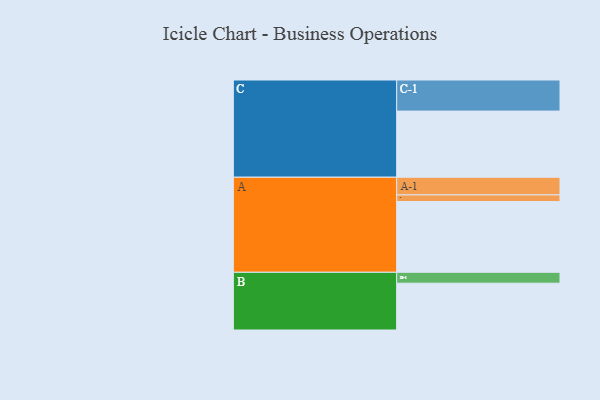
{"axis": {"x": "Segment", "y": "Value"}, "legend": ["", "A", "B", "C"], "data": [{"x": "A", "y": 585, "type": ""}, {"x": "B", "y": 387, "type": ""}, {"x": "C", "y": 547, "type": ""}, {"x": "A-1", "y": 146, "type": "A"}, {"x": "A-2", "y": 55, "type": "A"}, {"x": "B-1", "y": 90, "type": "B"}, {"x": "C-1", "y": 257, "type": "C"}]}